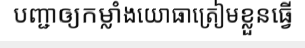
បញ្ជាឲ្យកម្លាំងយោធាត្រៀមខ្លួនធ្វើ